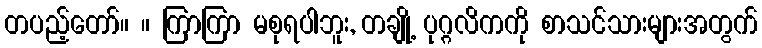
တပည့်တော်။ ။ ကြာကြာ မစုရပါဘူး, တချို့ ပုဂ္ဂလိကကို စာသင်သားများအတွက်